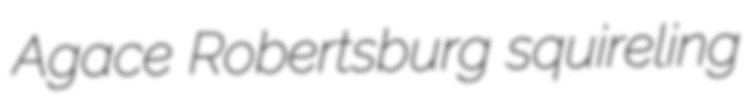
Agace Robertsburg squireling